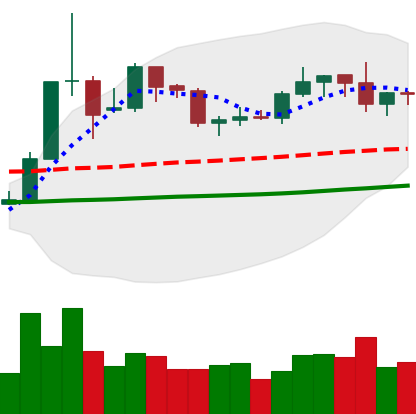
Ticker: XLM-USD
Chart end date: 2019-06-01
Forward return: -6.551%
Label: down_5_7